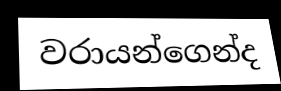
වරායන්ගෙන්ද